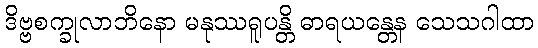
ဒိဗ္ဗစက္ခုလာဘိနော မနုဿရူပန္တိ ဓာရယန္တေန သေသဂါထာ